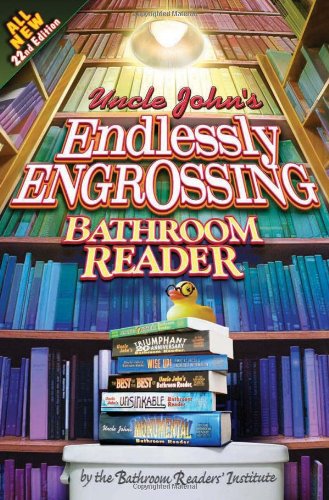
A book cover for Uncle John's Endlessly Engrossing Bathroom Reader (Uncle John's Bathroom Reader); Bathroom Readers' Institute; Humor & Entertainment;